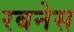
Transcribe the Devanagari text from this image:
रबनेस